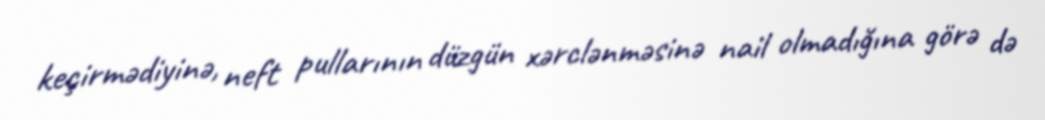
keçirmədiyinə, neft pullarının düzgün xərclənməsinə nail olmadığına görə də